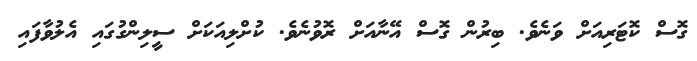
ގޮސް ކޮޓަރިއަށް ވަނެވެ. ބިރުން ގޮސް އޭނާއަށް ރޮވުނެވެ. ކުށްލިއަކަށް ސީލިންގުގައި އެލުވާފައި